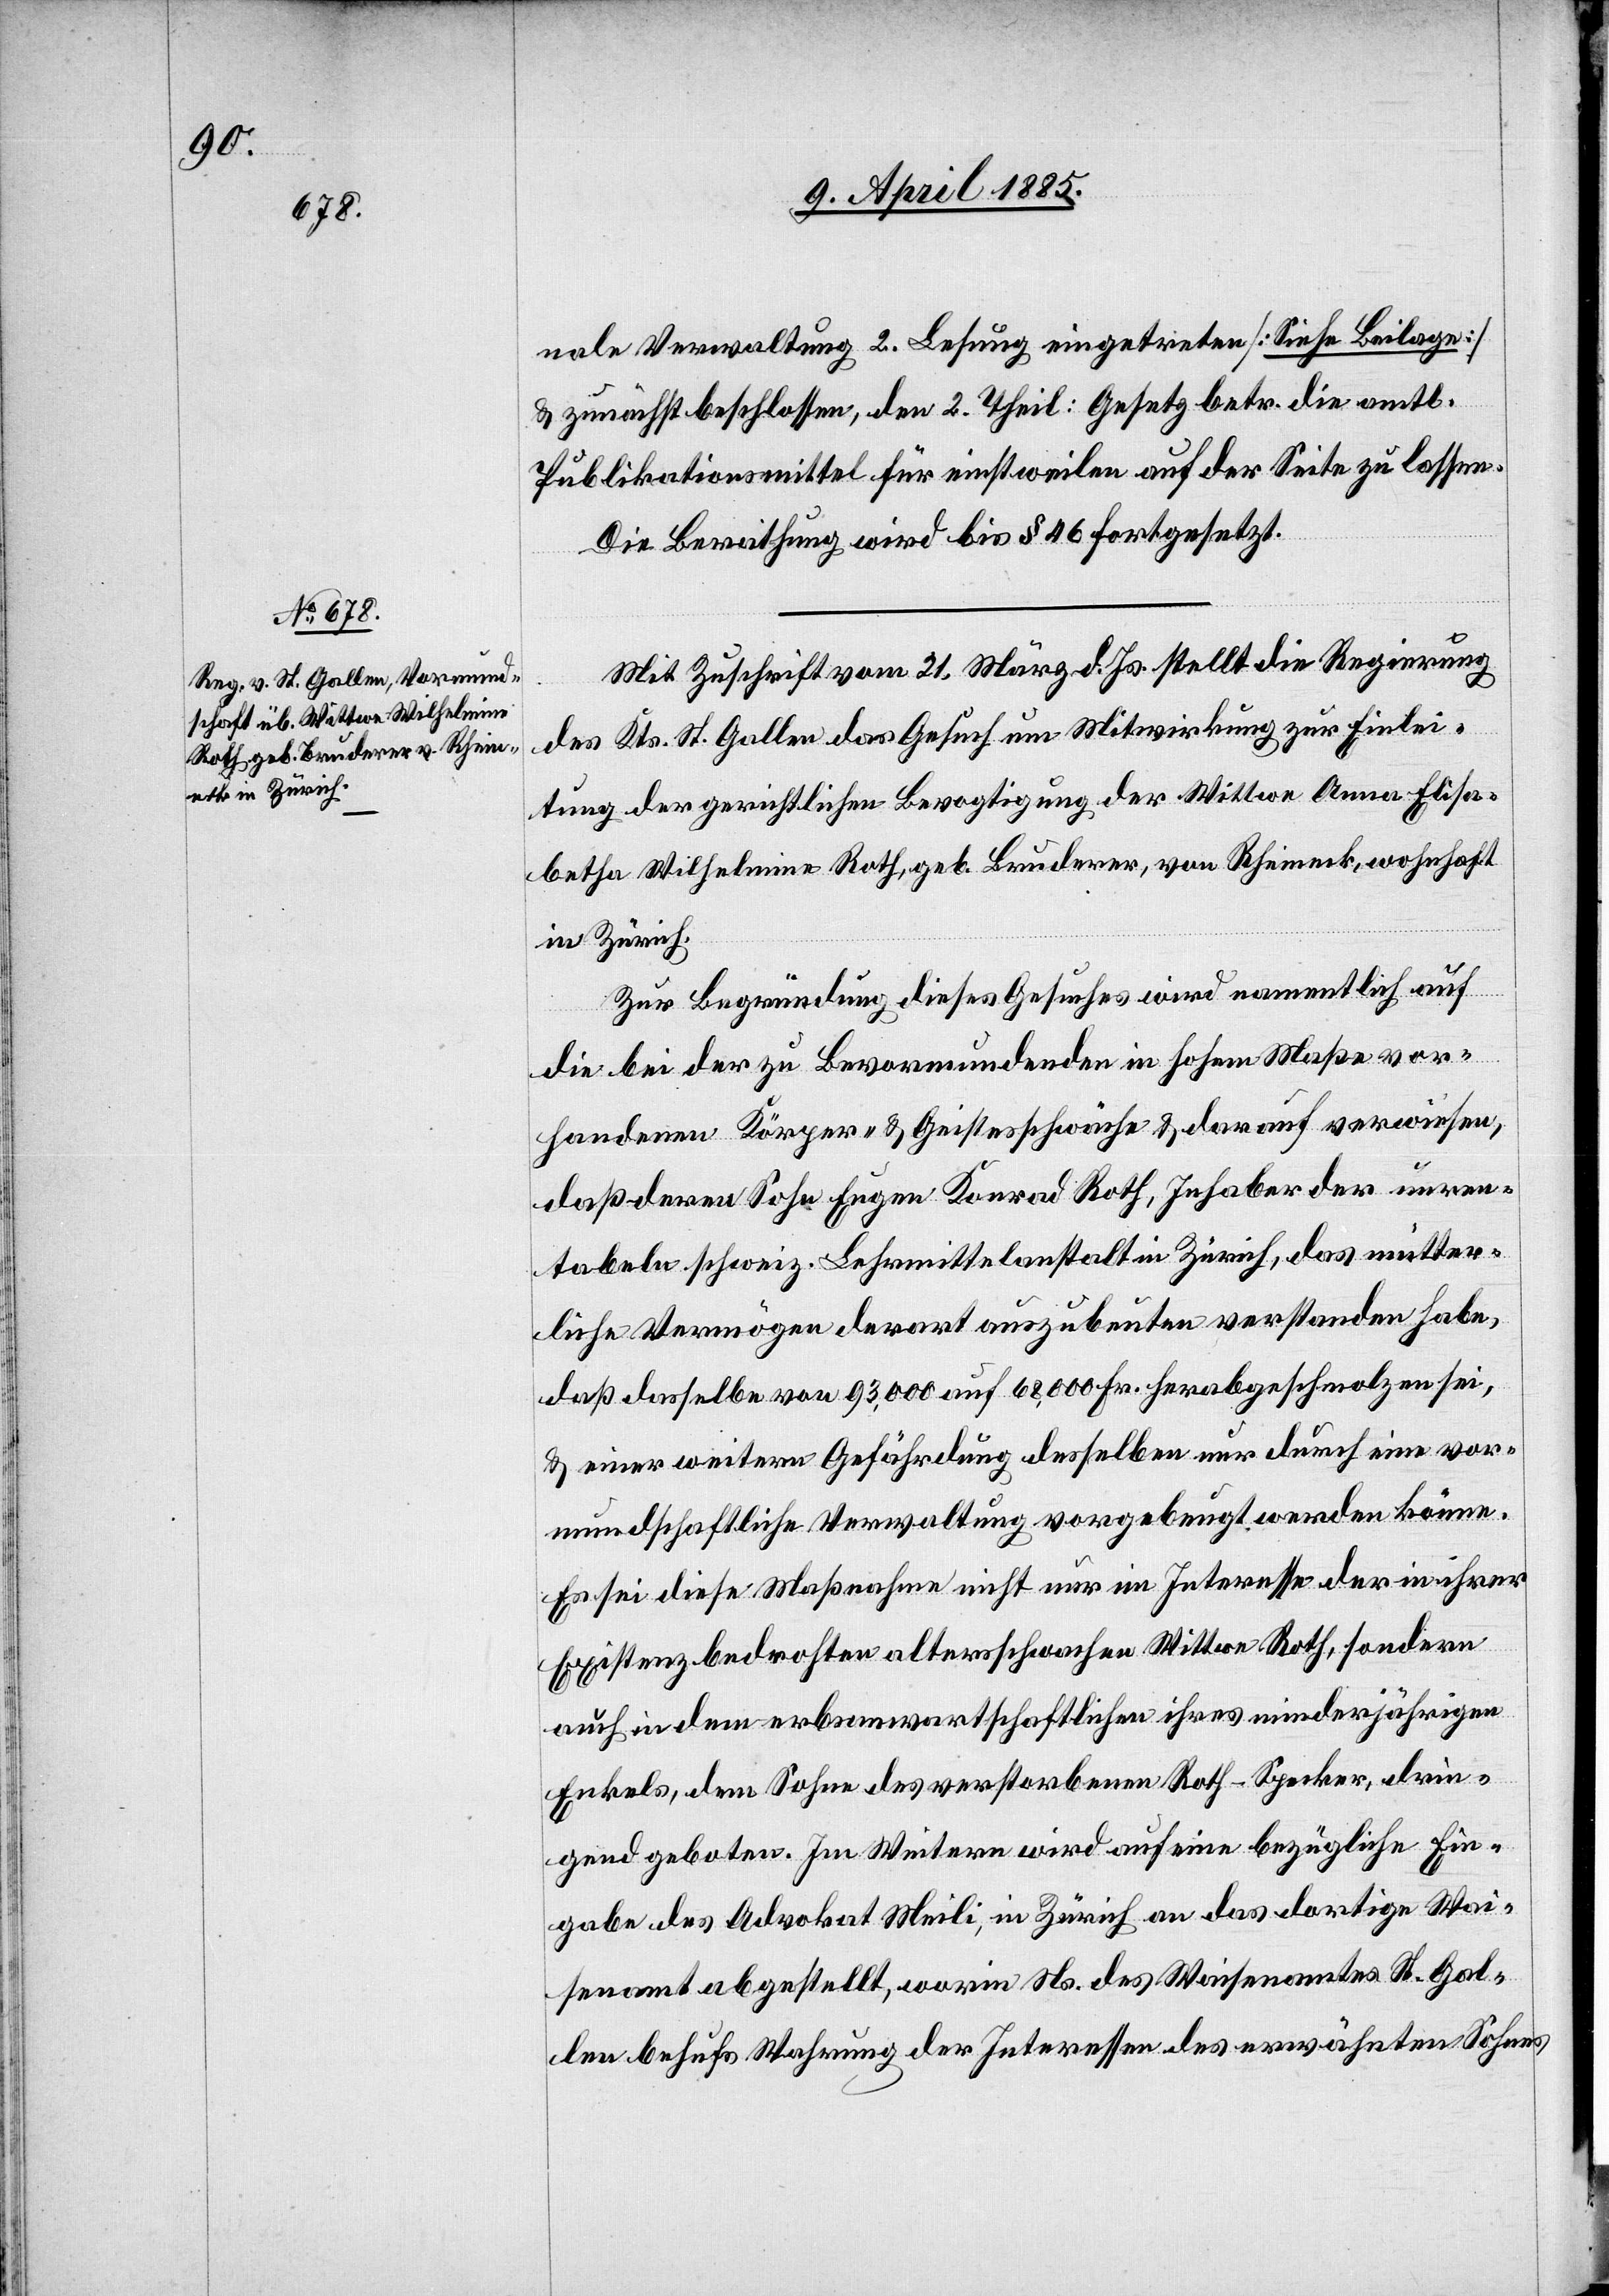
nale Verwaltung 2. Lesung eingetreten [Siehe Beilage]
& zunächst beschlossen, den 2. Theil: Gesetz betr. die amtl.
Publikationsmittel für einstweilen auf der Seite zu lassen.
Die Berathung wird bis § 46 fortgesetzt.
Mit Zuschrift vom 21. März d. Js. stellt die Regierung
des Kts. St. Gallen das Gesuch um Mitwirkung zur Einlei¬
tung der gerichtlichen Bevogtigung der Wittwe Anna Elisa¬
betha Wilhelmine Roth, geb. Bruderer, von Rheineck, wohnhaft
in Zürich.
Zur Begründung dieses Gesuches wird namentlich auf
die bei der zu Bevormundenden in hohem Maße vor¬
handenen Körper- & Geistesschwäche & darauf verwiesen,
daß deren Sohn Eugen Konrad Roth, Inhaber der unren¬
tabeln schweiz. Lebensmittelanstalt in Zürich, das mütter¬
liche Vermögen derart auszubeuten verstanden habe,
daß dasselbe von 93,000 auf 68,000 Fr. herabgeschmolzen sei,
& einer weitern Gefährdung desselben nur durch eine vor¬
mundschaftliche Verwaltung vorgebeugt werden könne.
Es sei diese Maßnahme nicht nur im Interesse der in ihrer
Existenz bedrohten altersschwachen Wittwe Roth, sondern
auch in dem erbsanwartschaftlichen ihres minderjährigen
Enkels, dem Sohn des verstorbenen Roth-Specker, drin¬
gend geboten. Im Weitern wird auf eine bezügliche Ein¬
gabe des Advokat Meili, in Zürich an das dortige Wai¬
senamt abgestellt, worin Ns. des Waisenamtes St. Gal¬
len behufs Wahrung der Interessen der erwähnten Sohnes